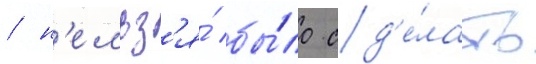
/ н'ельз'я́ бы́ло сд'е́лать